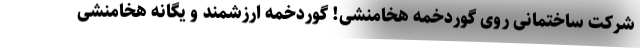
شرکت ساختمانی روی گوردخمه‌ هخامنشی! گوردخمه ارزشمند و یگانه هخامنشی